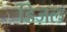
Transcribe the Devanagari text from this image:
डिज़ल